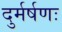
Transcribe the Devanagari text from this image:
दुर्मर्षणः